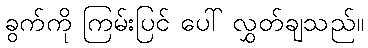
ခွက်ကို ကြမ်းပြင် ပေါ် လွှတ်ချသည်။